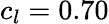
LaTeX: c_{l}=0.70